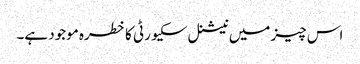
اس چیز میں نیشنل سکیورٹی کا خطرہ موجود ہے۔